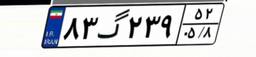
۹۵گ۱۳۳۴۰